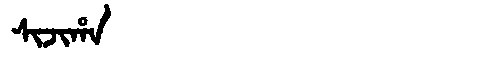
Manchu: ᠰᡳᠵᡳᡥᠠ
Romanization: SIJIHA